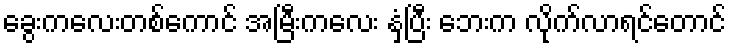
ခွေးကလေးတစ်ကောင် အမြီးကလေး နှံ့ပြီး ဘေးက လိုက်လာရင်တောင်